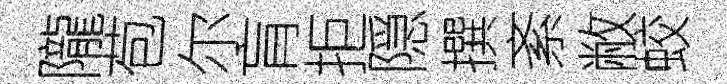
隴苞尔肓拒隠撰紊敝蛟